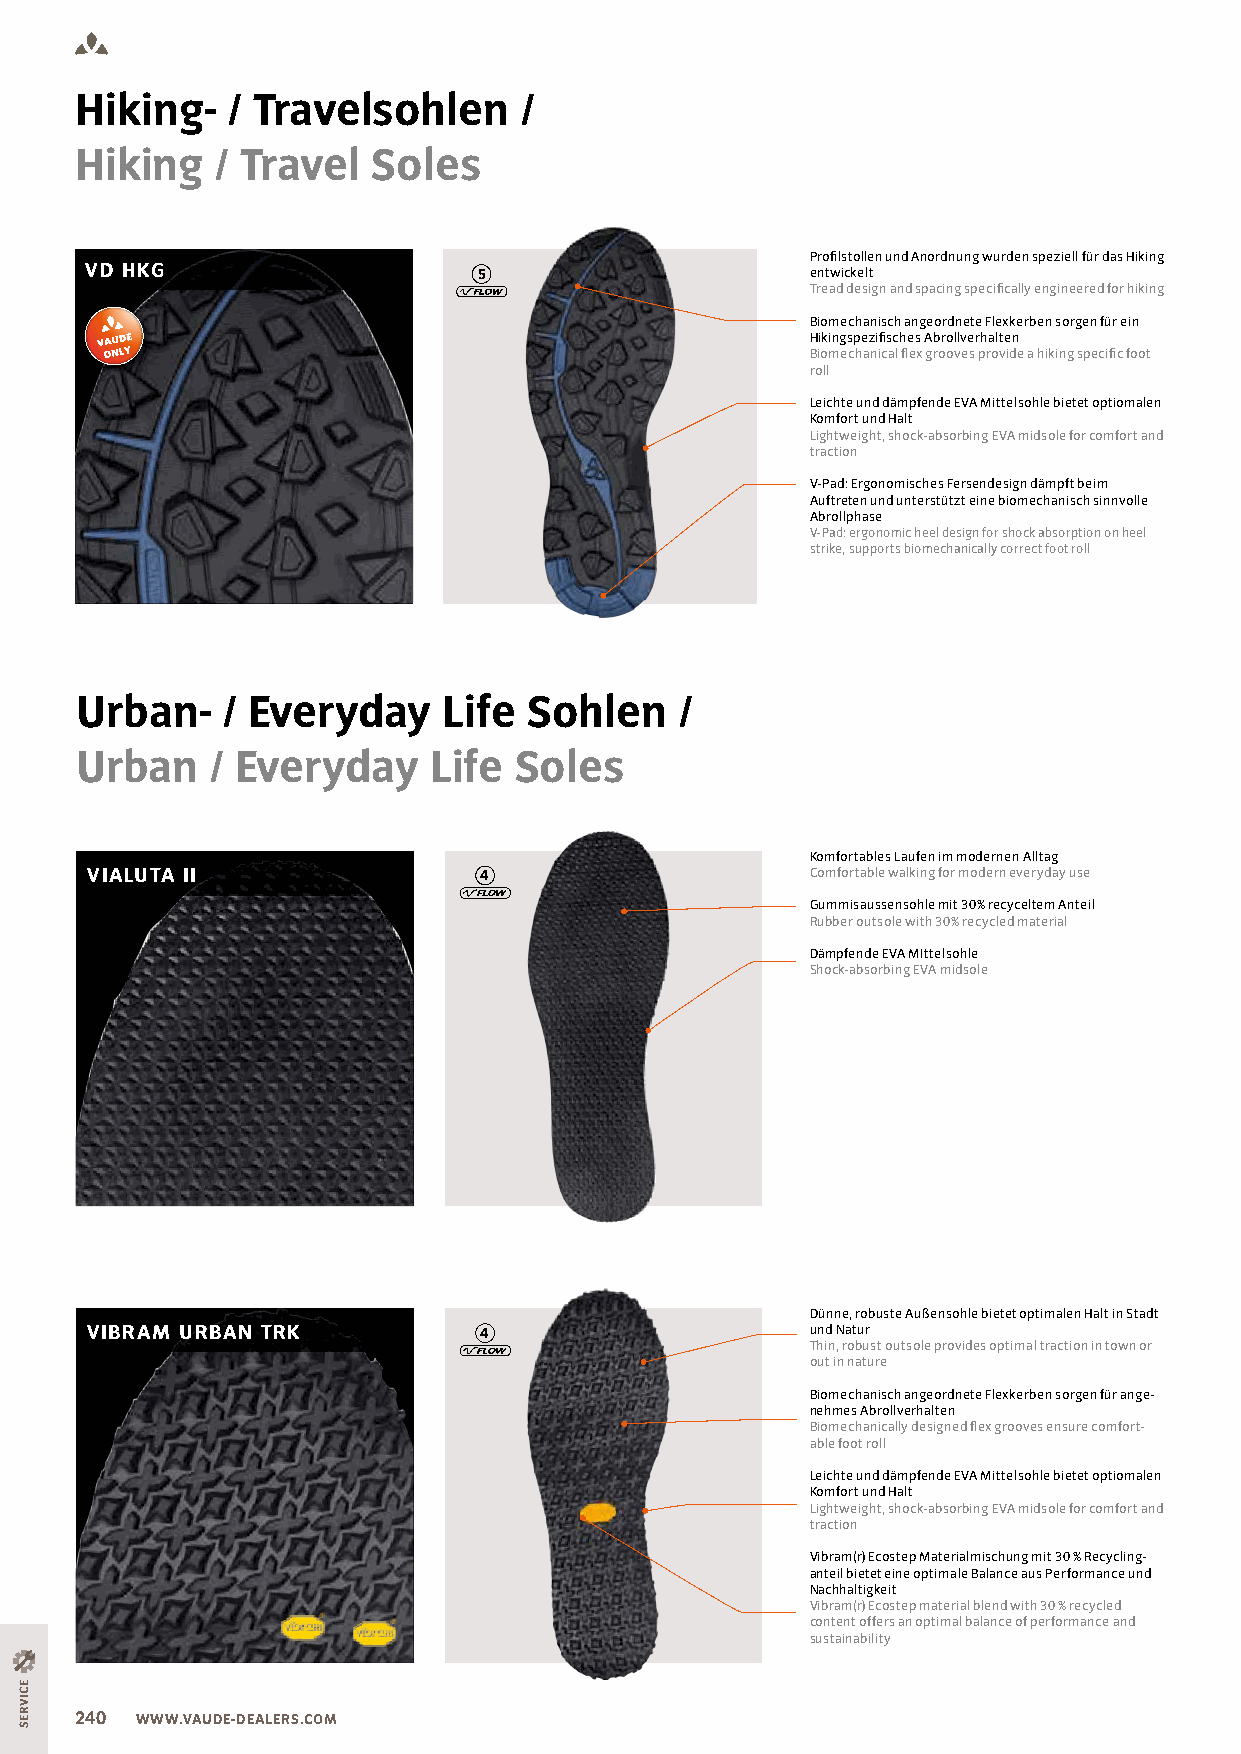
Hiking-   / Travelsohlen     /
 Hiking   / Travel   Soles
 Proilstollen und Anordnung wurden speziell für das Hiking
 VD HKG                    5                     entwickelt
 Tread design and spacing speciically engineered for hiking
 Biomechanisch angeordnete Flexkerben sorgen für ein
 Hikingspeziisches Abrollverhalten
 Biomechanical lex grooves provide a hiking speciic foot
 roll
 Leichte und dämpfende EVA Mittelsohle bietet optiomalen
 Komfort und Halt
 Lightweight, shock-absorbing EVA midsole for comfort and
 traction
 V-Pad: Ergonomisches Fersendesign dämpft beim
 Auftreten und unterstützt eine biomechanisch sinnvolle
 Abrollphase
 V-Pad: ergonomic heel design for shock absorption on heel
 strike, supports biomechanically correct foot roll
 Urban-    / Everyday    Life  Sohlen    /
 Urban    / Everyday     Life Soles
 Komfortables Laufen im modernen Alltag
 VIALUTA II                4                     Comfortable walking for modern everyday use
 Gummisaussensohle mit 30% recyceltem Anteil
 Rubber outsole with 30% recycled material
 Dämpfende EVA MIttelsohle
 Shock-absorbing EVA midsole
 Dünne, robuste Außensohle bietet optimalen Halt in Stadt
 VIBRAM URBAN TRK          4                     und Natur
 Thin, robust outsole provides optimal traction in town or
 out in nature
 Biomechanisch angeordnete Flexkerben sorgen für ange-
 nehmes Abrollverhalten
 Biomechanically designed lex grooves ensure comfort-
 able foot roll
 Leichte und dämpfende EVA Mittelsohle bietet optiomalen
 Komfort und Halt
 Lightweight, shock-absorbing EVA midsole for comfort and
 traction
 Vibram(r) Ecostep Materialmischung mit 30 % Recycling-
 anteil bietet eine optimale Balance aus Performance und
 Nachhaltigkeit
 Vibram(r) Ecostep material blend with 30 % recycled
 content offers an optimal balance of performance and
 sustainability
 240 WWW.VAUDE-DEALERS.COM
 ECIVRES